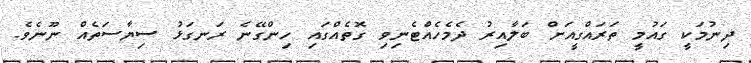
ދިނުމަކީ ގައުމީ ތަރައްގީއަށް ބަލާއިރު ދެމެހެއްޓެނިވި ގޮތެއްގައި ހިންގޭނެ ރަނގަޅު ސިޔާސަތެއް ނޫނެވެ.